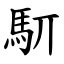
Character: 䭶